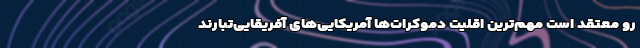
‌‌رو معتقد است مهم‌ترین اقلیت دموکرات‌ها آمریکایی‌های آفریقایی‌تبار‌ند